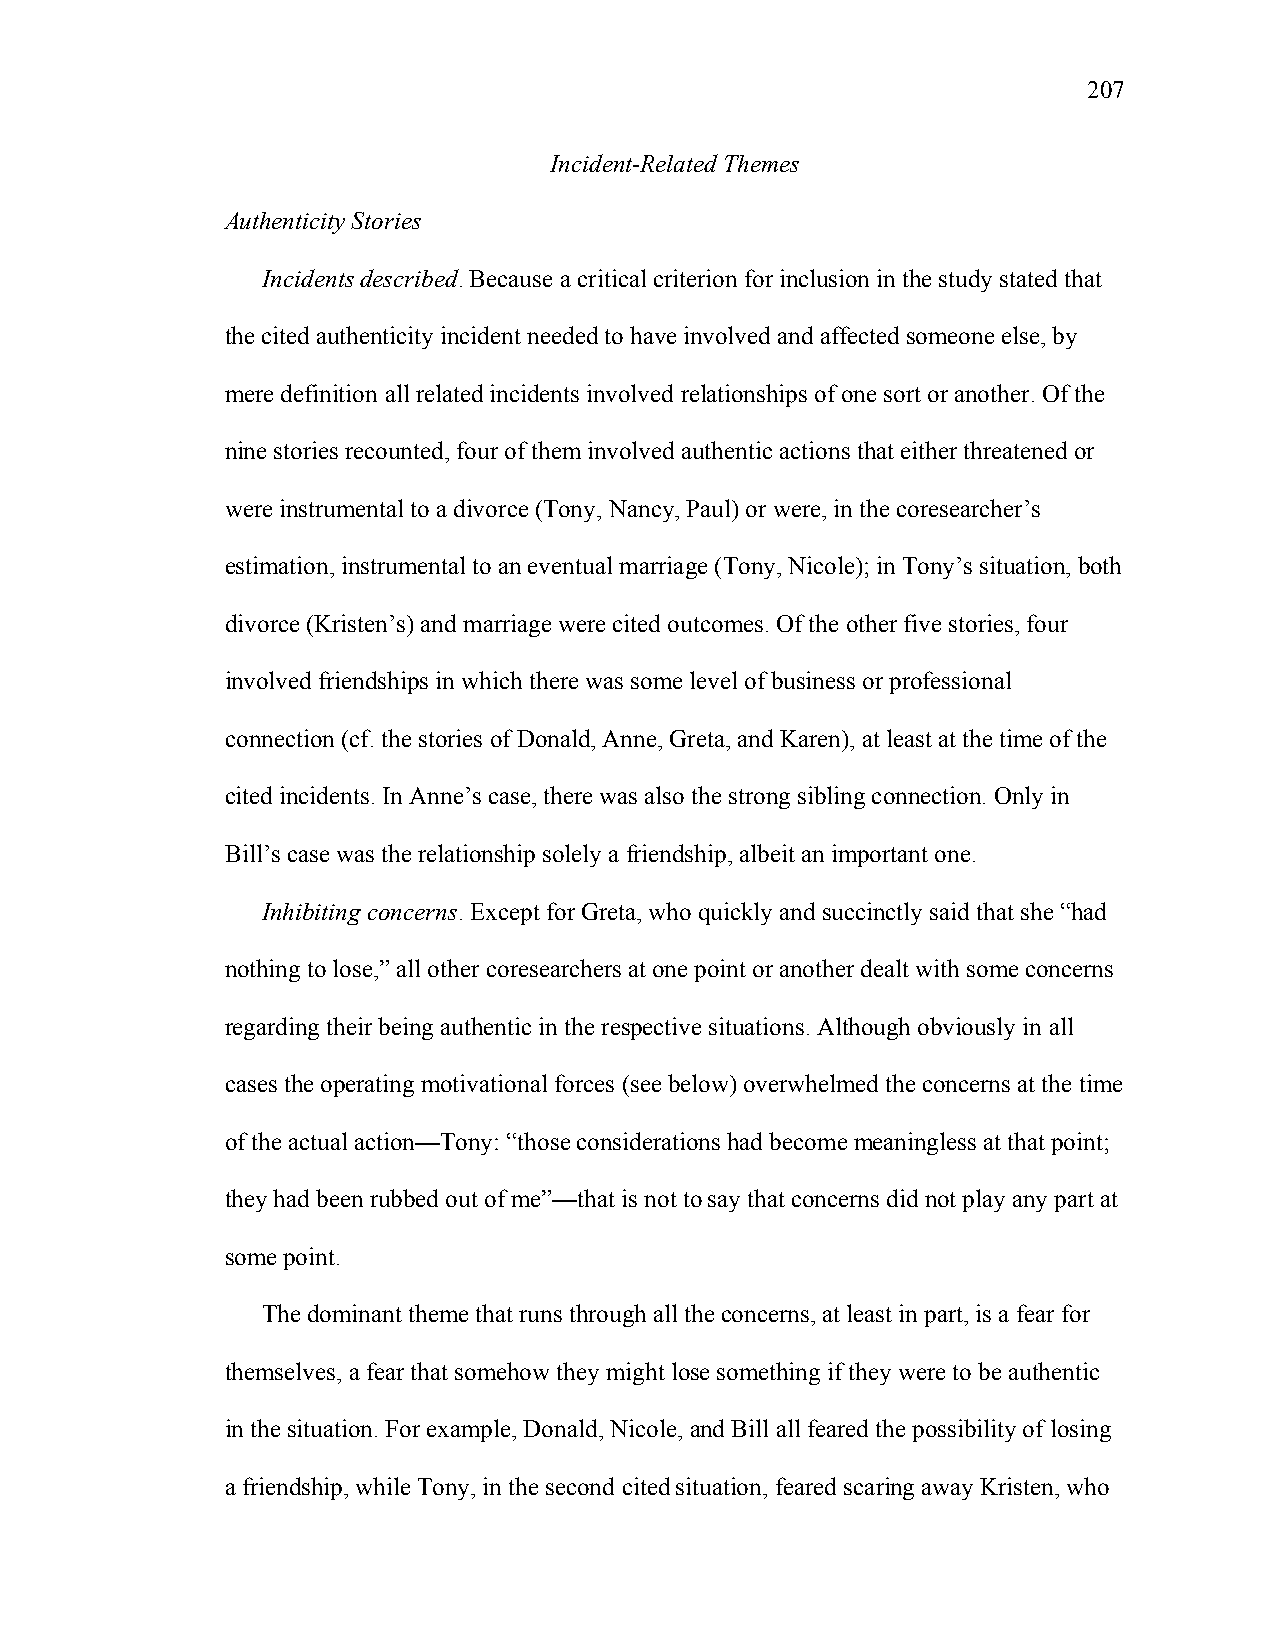
207
 Incident-Related Themes
 Authenticity Stories
 Incidents described. Because a critical criterion for inclusion in the study stated that
 the cited authenticity incident needed to have involved and affected someone else, by
 mere definition all related incidents involved relationships of one sort or another. Of the
 nine stories recounted, four of them involved authentic actions that either threatened or
 were instrumental to a divorce (Tony, Nancy, Paul) or were, in the coresearcher’s
 estimation, instrumental to an eventual marriage (Tony, Nicole); in Tony’s situation, both
 divorce (Kristen’s) and marriage were cited outcomes. Of the other five stories, four
 involved friendships in which there was some level of business or professional
 connection (cf. the stories of Donald, Anne, Greta, and Karen), at least at the time of the
 cited incidents. In Anne’s case, there was also the strong sibling connection. Only in
 Bill’s case was the relationship solely a friendship, albeit an important one.
 Inhibiting concerns. Except for Greta, who quickly and succinctly said that she “had
 nothing to lose,” all other coresearchers at one point or another dealt with some concerns
 regarding their being authentic in the respective situations. Although obviously in all
 cases the operating motivational forces (see below) overwhelmed the concerns at the time
 of the actual action—Tony: “those considerations had become meaningless at that point;
 they had been rubbed out of me”—that is not to say that concerns did not play any part at
 some point.
 The dominant theme that runs through all the concerns, at least in part, is a fear for
 themselves, a fear that somehow they might lose something if they were to be authentic
 in the situation. For example, Donald, Nicole, and Bill all feared the possibility of losing
 a friendship, while Tony, in the second cited situation, feared scaring away Kristen, who